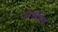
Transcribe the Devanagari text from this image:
श्रोत्रेंद्रिय